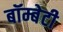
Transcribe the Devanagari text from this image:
बॉम्बेटी